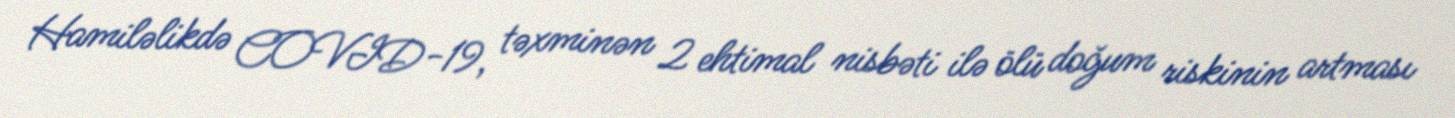
Hamiləlikdə COVID-19, təxminən 2 ehtimal nisbəti ilə ölü doğum riskinin artması